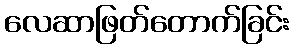
လေဆာဖြတ်တောက်ခြင်း